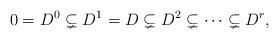
LaTeX: \begin{align*} 0 = D^0 \subsetneq D^1 = D \subsetneq D^2 \subsetneq \cdots \subsetneq D^r ,\end{align*}